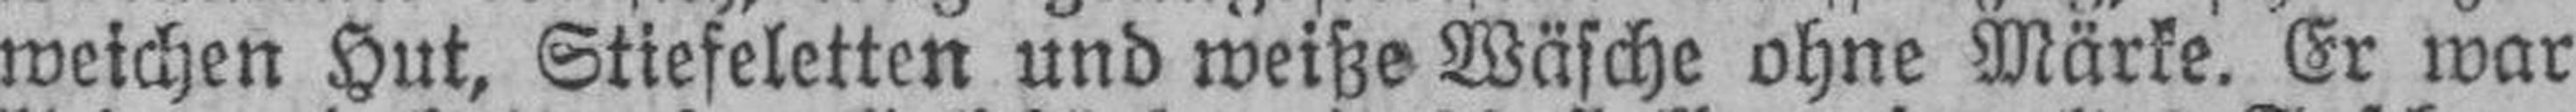
weichen Hut, Stiefeletten und weiße Wäsche ohne Märke. Er war